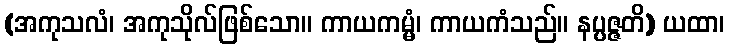
(အကုသလံ၊ အကုသိုလ်ဖြစ်သော။ ကာယကမ္မံ၊ ကာယကံသည်။ နပ္ပဇ္ဇတိ) ယထာ၊